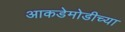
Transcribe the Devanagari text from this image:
आकडेमोडीच्या